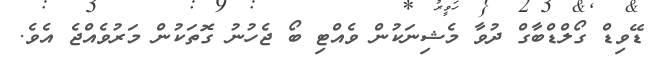
ޑޭވިޑް ގޯލްޑްބާގް ދުވާ މެޝިނަކުން ވެއްޓި ބޯ ޖެހުނު ގޮތަކުން މަރުވެއްޖެ އެވެ.